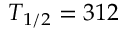
T _ { 1 / 2 } = 3 1 2